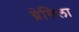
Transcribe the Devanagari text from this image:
ग्रेसिला